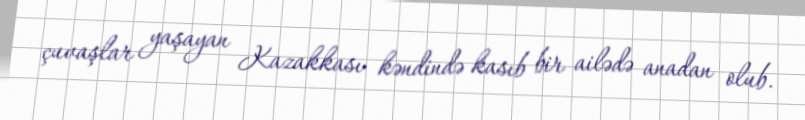
çuvaşlar yaşayan Kazakkası kəndində kasıb bir ailədə anadan olub.